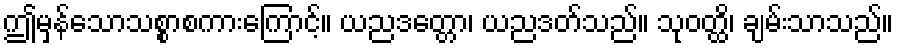
ဤမှန်သောသစ္စာစကားကြောင့်။ ယညဒတ္တော၊ ယညဒတ်သည်။ သုဝတ္ထိ၊ ချမ်းသာသည်။